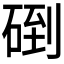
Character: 𥓫